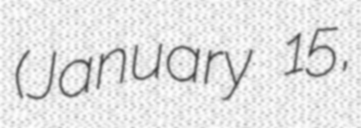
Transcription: (January 15,